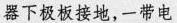
器下极板接地，一带电